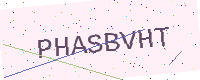
Text: PHASBVHT